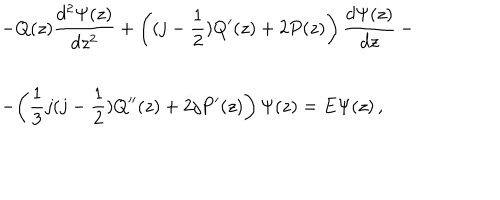
LaTeX: \begin{array} { l } { { \displaystyle { - Q ( z ) \frac { d ^ { 2 } \Psi ( z ) } { d z ^ { 2 } } + \left( ( j - \frac { 1 } { 2 } ) Q ^ { \prime } ( z ) + 2 P ( z ) \right) \frac { d \Psi ( z ) } { d z } } \, - } } \\ { { - \displaystyle { \left( \frac { 1 } { 3 } j ( j - \frac { 1 } { 2 } ) Q ^ { \prime \prime } ( z ) + 2 j P ^ { \prime } ( z ) \right) \Psi ( z ) = E \Psi ( z ) } \, , } } \\ \end{array}